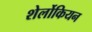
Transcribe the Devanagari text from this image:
शेर्लोकियन